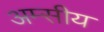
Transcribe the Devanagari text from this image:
अम्सीय